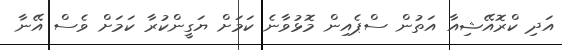
އަދި ކްރޮއޭޝިއާ އަތުން ސްޕެއިން މޮޅުވާނެ ކަމަށް ޔަގީންކުރާ ކަމަށް ވެސް އޭނާ